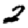
Digit: 2